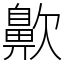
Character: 𪖗